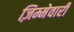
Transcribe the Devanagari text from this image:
ज़िम्मेवारी